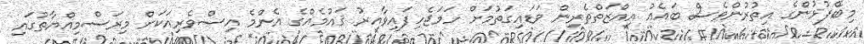
މިބޭފުޅުންގެ އިތުރުންވެސް ބައެއް އިއްޒަތްތެރިން ވަޑައިގަތުމަށް ހަމަޖެހިފައިވާއިރު ޤައުމެއްގެ އެންމެ އިސްވެރިއަކަށް މިރަސްމިއްޔާތުގައި